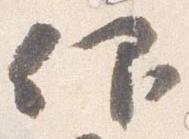
仰